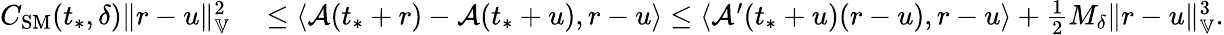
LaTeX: \begin{array}{rl}{C_{\mathrm{SM}}(t_{*},\delta)\| r-u\| _{\mathbb{V}}^{2}}&{{}\le\langle\mathcal{A}(t_{*}+r)-\mathcal{A}(t_{*}+u),r-u\rangle\le\langle\mathcal{A}^{\prime}(t_{*}+u)(r-u),r-u\rangle+\frac{1}{2}M_{\delta}\| r-u\| _{\mathbb{V}}^{3}.}\end{array}